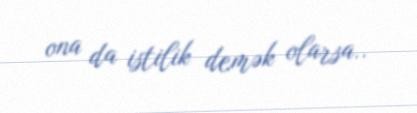
ona da istilik demək olarsa..